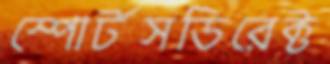
স্পোর্টসডিরেক্ট